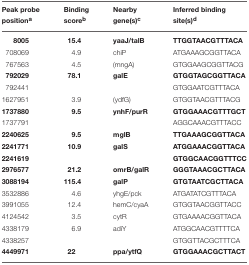
<table><thead><tr><td><b>Peak probe position<sup>a</sup></b></td><td><b>Binding score<sup>b</sup></b></td><td><b>Nearby gene(s)<sup>c</sup></b></td><td><b>Inferred binding site(s)<sup>d</sup></b></td></tr></thead><tbody><tr><td><b>8005</b></td><td><b>15.4</b></td><td><b>yaaJ/talB</b></td><td><b>TTGGTAACGTTTACA</b></td></tr><tr><td>708069</td><td>4.9</td><td>chiP</td><td>ATGAAAGCGGTTACA</td></tr><tr><td>767563</td><td>4.5</td><td>(mngA)</td><td>GTGGAAGCGGTTACG</td></tr><tr><td><b>792029</b></td><td><b>78.1</b></td><td><b>galE</b></td><td><b>GTGGTAGCGGTTACA</b></td></tr><tr><td>792441</td><td></td><td></td><td>GTGGAATCGTTTACA</td></tr><tr><td>1627951</td><td>3.9</td><td>(ydfG)</td><td>GTGGTAACGTTTACG</td></tr><tr><td><b>1737880</b></td><td><b>9.5</b></td><td><b>ynhF/purR</b></td><td><b>GTGGAAACGTTTGCT</b></td></tr><tr><td>1737791</td><td></td><td></td><td>AGGCAAACGTTTACC</td></tr><tr><td><b>2240625</b></td><td><b>9.5</b></td><td><b>mglB</b></td><td><b>TTGAAAGCGGTTACA</b></td></tr><tr><td><b>2241771</b></td><td><b>10.9</b></td><td><b>galS</b></td><td><b>ATGGAAACGGTTACA</b></td></tr><tr><td><b>2241619</b></td><td></td><td></td><td><b>GTGGCAACGGTTTCC</b></td></tr><tr><td><b>2976577</b></td><td><b>21.2</b></td><td><b>omrB/galR</b></td><td><b>GGGTAAACGCTTACA</b></td></tr><tr><td><b>3088194</b></td><td><b>115.4</b></td><td><b>galP</b></td><td><b>GTGTAATCGCTTACA</b></td></tr><tr><td>3532886</td><td>4.6</td><td>yhgE/pck</td><td>ATGATATCGTTTACA</td></tr><tr><td>3991055</td><td>12.4</td><td>hemC/cyaA</td><td>GTGGTAACGGTTACC</td></tr><tr><td>4124542</td><td>3.5</td><td>cytR</td><td>GTGAAAACGGTTACA</td></tr><tr><td>4338179</td><td>6.9</td><td>adiY</td><td>ATGGCAACGTTTTCA</td></tr><tr><td>4338257</td><td></td><td></td><td>GTGGTTACGCTTTCA</td></tr><tr><td><b>4449971</b></td><td><b>22</b></td><td><b>ppa/ytfQ</b></td><td><b>GTGGAAACGCTTACT</b></td></tr></tbody></table>